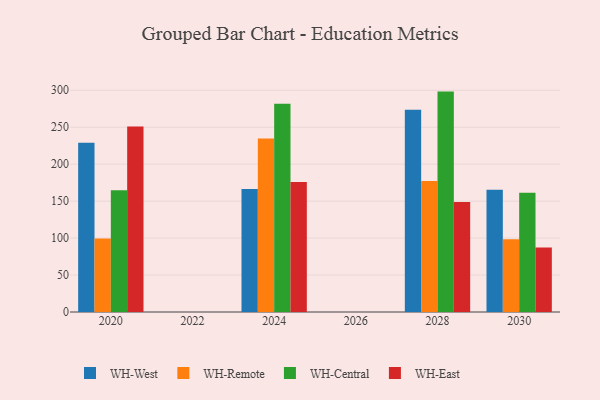
{"axis": {"x": "Year", "y": "Operating Costs (USD K)"}, "legend": ["WH-Central", "WH-East", "WH-Remote", "WH-West"], "data": [{"x": "2024", "y": 166.5, "type": "WH-West"}, {"x": "2024", "y": 234.6, "type": "WH-Remote"}, {"x": "2024", "y": 281.6, "type": "WH-Central"}, {"x": "2024", "y": 176.0, "type": "WH-East"}, {"x": "2020", "y": 229.1, "type": "WH-West"}, {"x": "2020", "y": 99.5, "type": "WH-Remote"}, {"x": "2020", "y": 164.6, "type": "WH-Central"}, {"x": "2020", "y": 250.9, "type": "WH-East"}, {"x": "2028", "y": 273.7, "type": "WH-West"}, {"x": "2028", "y": 177.4, "type": "WH-Remote"}, {"x": "2028", "y": 298.2, "type": "WH-Central"}, {"x": "2028", "y": 148.8, "type": "WH-East"}, {"x": "2030", "y": 165.4, "type": "WH-West"}, {"x": "2030", "y": 98.5, "type": "WH-Remote"}, {"x": "2030", "y": 161.2, "type": "WH-Central"}, {"x": "2030", "y": 87.3, "type": "WH-East"}]}